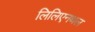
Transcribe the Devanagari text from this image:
लिलिएनथल